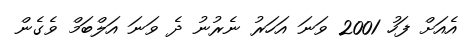
އެއަށް ފަހު 2001 ވަނަ އަހަރު ނެރުނު ދެ ވަނަ އަލްބަމް ވެގެން